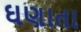
ઘણાતા